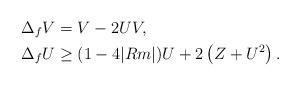
LaTeX: \begin{align*}&\Delta_f V=V-2UV, \\&\Delta_f U \geq (1-4|Rm|)U+2\left(Z+U^2 \right). \end{align*}